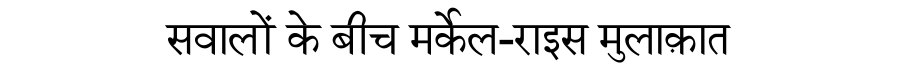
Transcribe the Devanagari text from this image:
सवालों के बीच मर्केल-राइस मुलाक़ात